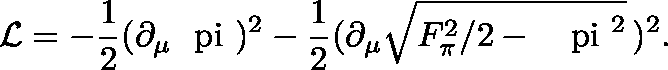
{ \cal L } = - \frac { 1 } { 2 } ( \partial _ { \mu } \mathrm { \boldmath { ~ \ p i ~ } } ) ^ { 2 } - \frac { 1 } { 2 } ( { \partial } _ { \mu } \sqrt { F _ { \pi } ^ { 2 } / 2 - \mathrm { \boldmath ~ { ~ \ p i ~ } } ^ { 2 } } \, ) ^ { 2 } .